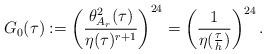
LaTeX: \begin{align*}G_0(\tau):=\left(\frac{\theta^2_{A_r}(\tau)}{\eta(\tau)^{r+1}}\right)^{24}=\left(\frac{1}{\eta(\frac{\tau}{h})}\right)^{24}.\end{align*}